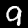
Label: 9